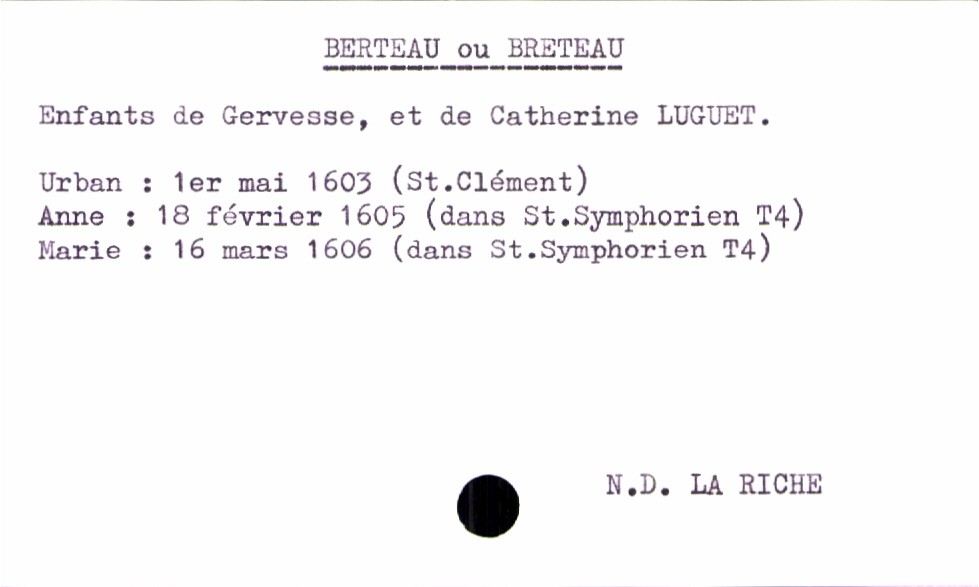
type_acte: Baptême
paroisse: Notre Dame La Riche
observations: Nom : Berteau ou Breteau
filiation: fille
enfant_prénom: Marie
enfant_date_de_naissance: 16 mars 1606
enfant_lieu_de_naissance: Saint Symphorien
père_enfant_nom: Berteau
père_enfant_prénom: Gervesse
mère_enfant_nom: Luguet
mère_enfant_prénom: Catherine